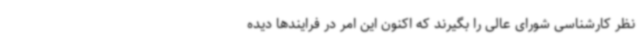
نظر کارشناسی شورای عالی را بگیرند که اکنون این امر در فرایندها دیده